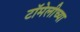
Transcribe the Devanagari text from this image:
टॉमेलीच्या